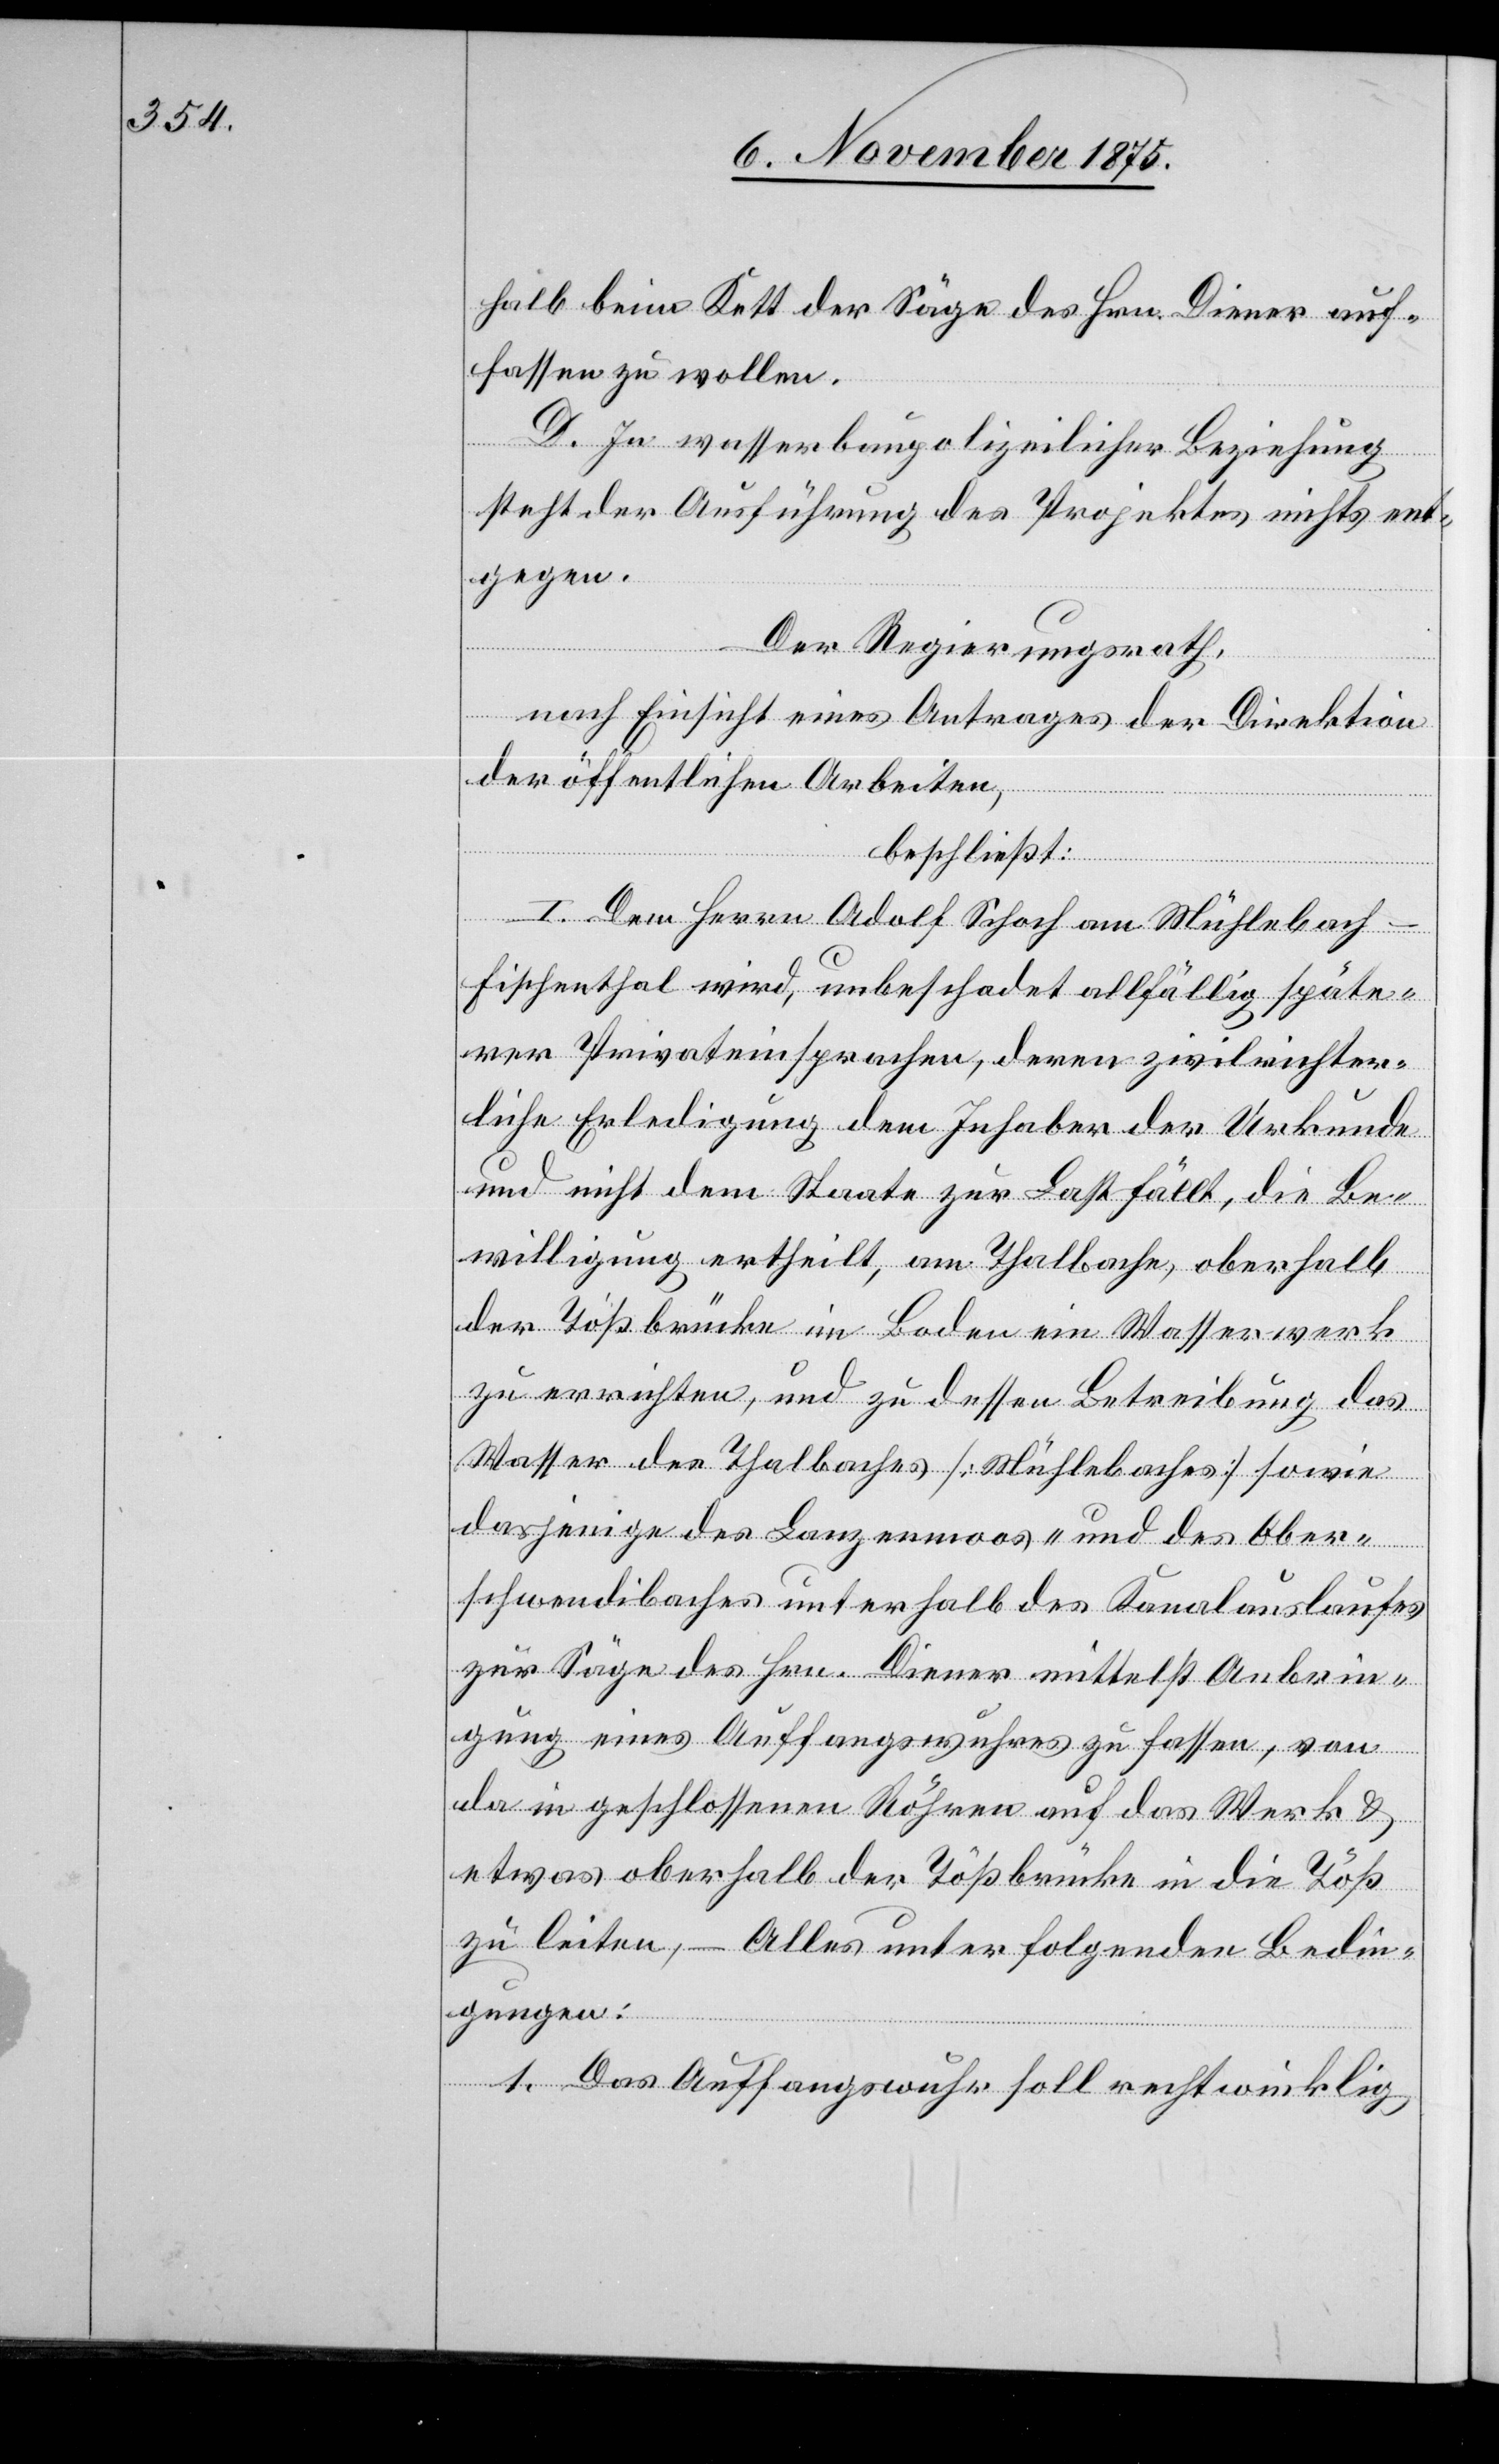
halb beim Kett der Säge des Hrn. Diener auf¬
fassen zu wollen.
D. In wasserbaupolizeilicher Beziehung
steht der Ausführung des Projektes nichts ent¬
gegen.
Der Regierungsrath,
nach Einsicht eines Antrages der Direktion
der öffentlichen Arbeiten,
beschließt:
I. Dem Herrn Adolf Schoch am Mühlebach
Fischenthal wird, unbeschadet allfällig späte¬
rer Privateinsprachen, deren zivilrichter¬
liche Erledigung dem Inhaber der Urkunde
und nicht dem Staate zur Last fällt, die Be¬
willigung ertheilt, am Thalbache, oberhalb
der Tößbrücke im Boden ein Wasserwerk
zu errichten, und zu dessen Betreibung das
Wasser des Thalbaches [Mühlebaches] sowie
dasjenige des Lanzenmoos- und des Ober¬
schwendibaches unterhalb des Kanalauslaufes
zur Säge des Hrn. Diener mittelst Anbrin¬
gung eines Auffangswuhres zu fassen, von
da in geschlossenen Röhren auf das Werk &
etwas oberhalb der Tößbrücke in die Töß
zu leiten, – Alles unter folgenden Bedin¬
gungen:
1. Das Auffangswuhr soll rechtwinklig